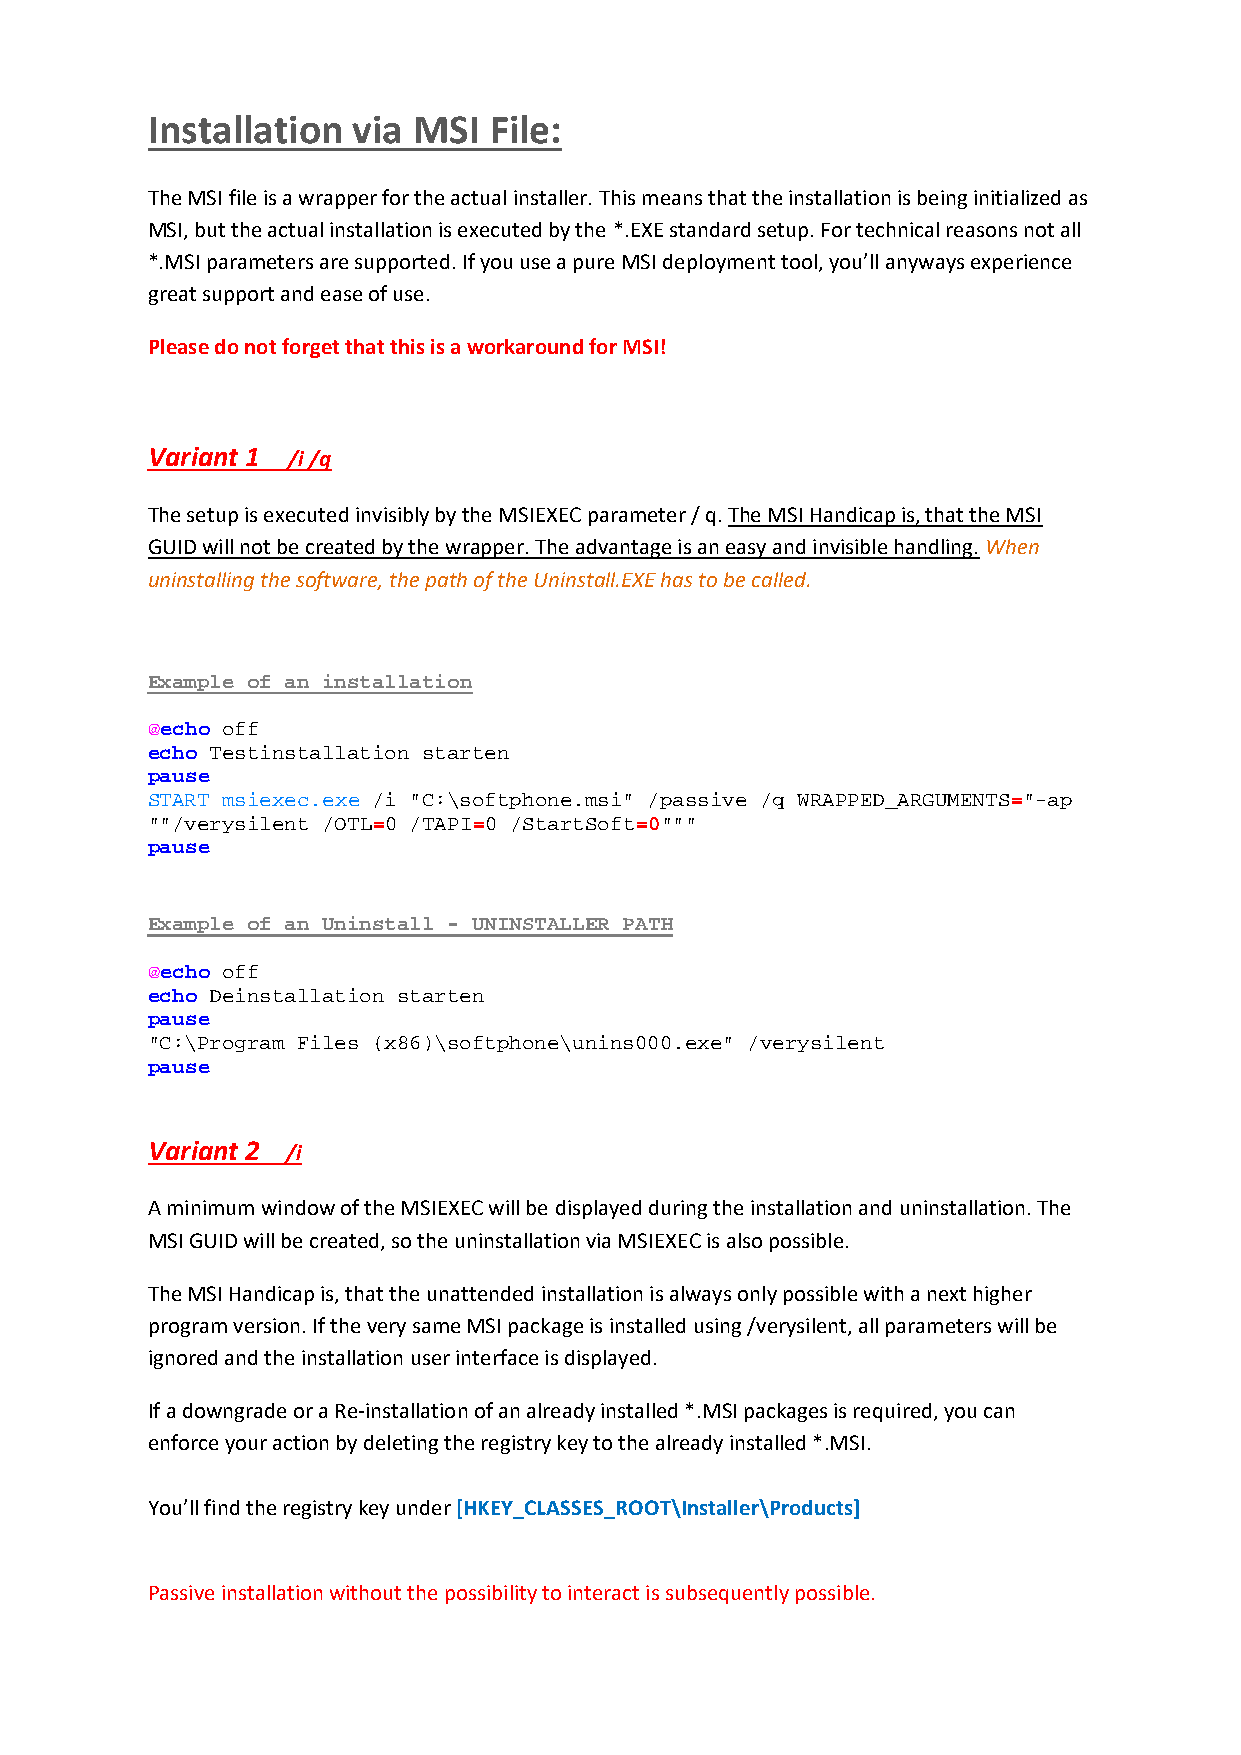
Installation via MSI  File:
 The MSI file is a wrapper for the actual installer. This means that the installation is being initialized as
 MSI, but the actual installation is executed by the *.EXE standard setup. For technical reasons not all
 *.MSI parameters are supported. If you use a pure MSI deployment tool, you’ll anyways experience
 great support and ease of use.
 Please do not forget that this is a workaround for MSI!
 Variant 1 /i /q
 The setup is executed invisibly by the MSIEXEC parameter / q. The MSI Handicap is, that the MSI
 GUID will not be created by the wrapper. The advantage is an easy and invisible handling. When
 uninstalling the software, the path of the Uninstall.EXE has to be called.
 Example of an installation
 @echo off
 echo Testinstallation starten
 pause
 START msiexec.exe /i "C:\softphone.msi" /passive /q WRAPPED_ARGUMENTS="-ap
 ""/verysilent /OTL=0 /TAPI=0 /StartSoft=0"""
 pause
 Example of an Uninstall - UNINSTALLER PATH
 @echo off
 echo Deinstallation starten
 pause
 "C:\Program Files (x86)\softphone\unins000.exe" /verysilent
 pause
 Variant 2 /i
 A minimum window of the MSIEXEC will be displayed during the installation and uninstallation. The
 MSI GUID will be created, so the uninstallation via MSIEXEC is also possible.
 The MSI Handicap is, that the unattended installation is always only possible with a next higher
 program version. If the very same MSI package is installed using /verysilent, all parameters will be
 ignored and the installation user interface is displayed.
 If a downgrade or a Re‐installation of an already installed *.MSI packages is required, you can
 enforce your action by deleting the registry key to the already installed *.MSI.
 You’ll find the registry key under [HKEY_CLASSES_ROOT\Installer\Products]
 Passive installation without the possibility to interact is subsequently possible.